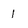
Character: 1